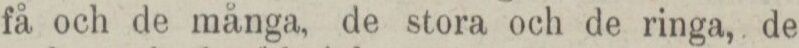
få och de många, de stora och de ringa, de